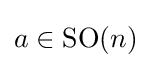
a\in {\mathrm {S} \mathrm {O} }(n)